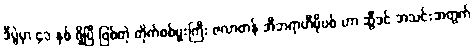
ဒီပွဲမှာ ၄၁ နှစ် ရှိပြီ ဖြစ်တဲ့ တိုက်စစ်မှူးကြီး ဇလာတန် အီဘရာဟီမိုဗစ် ဟာ ဆွီဒင် အသင်းအတွက်